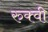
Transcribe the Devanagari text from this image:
रुक्‍वी